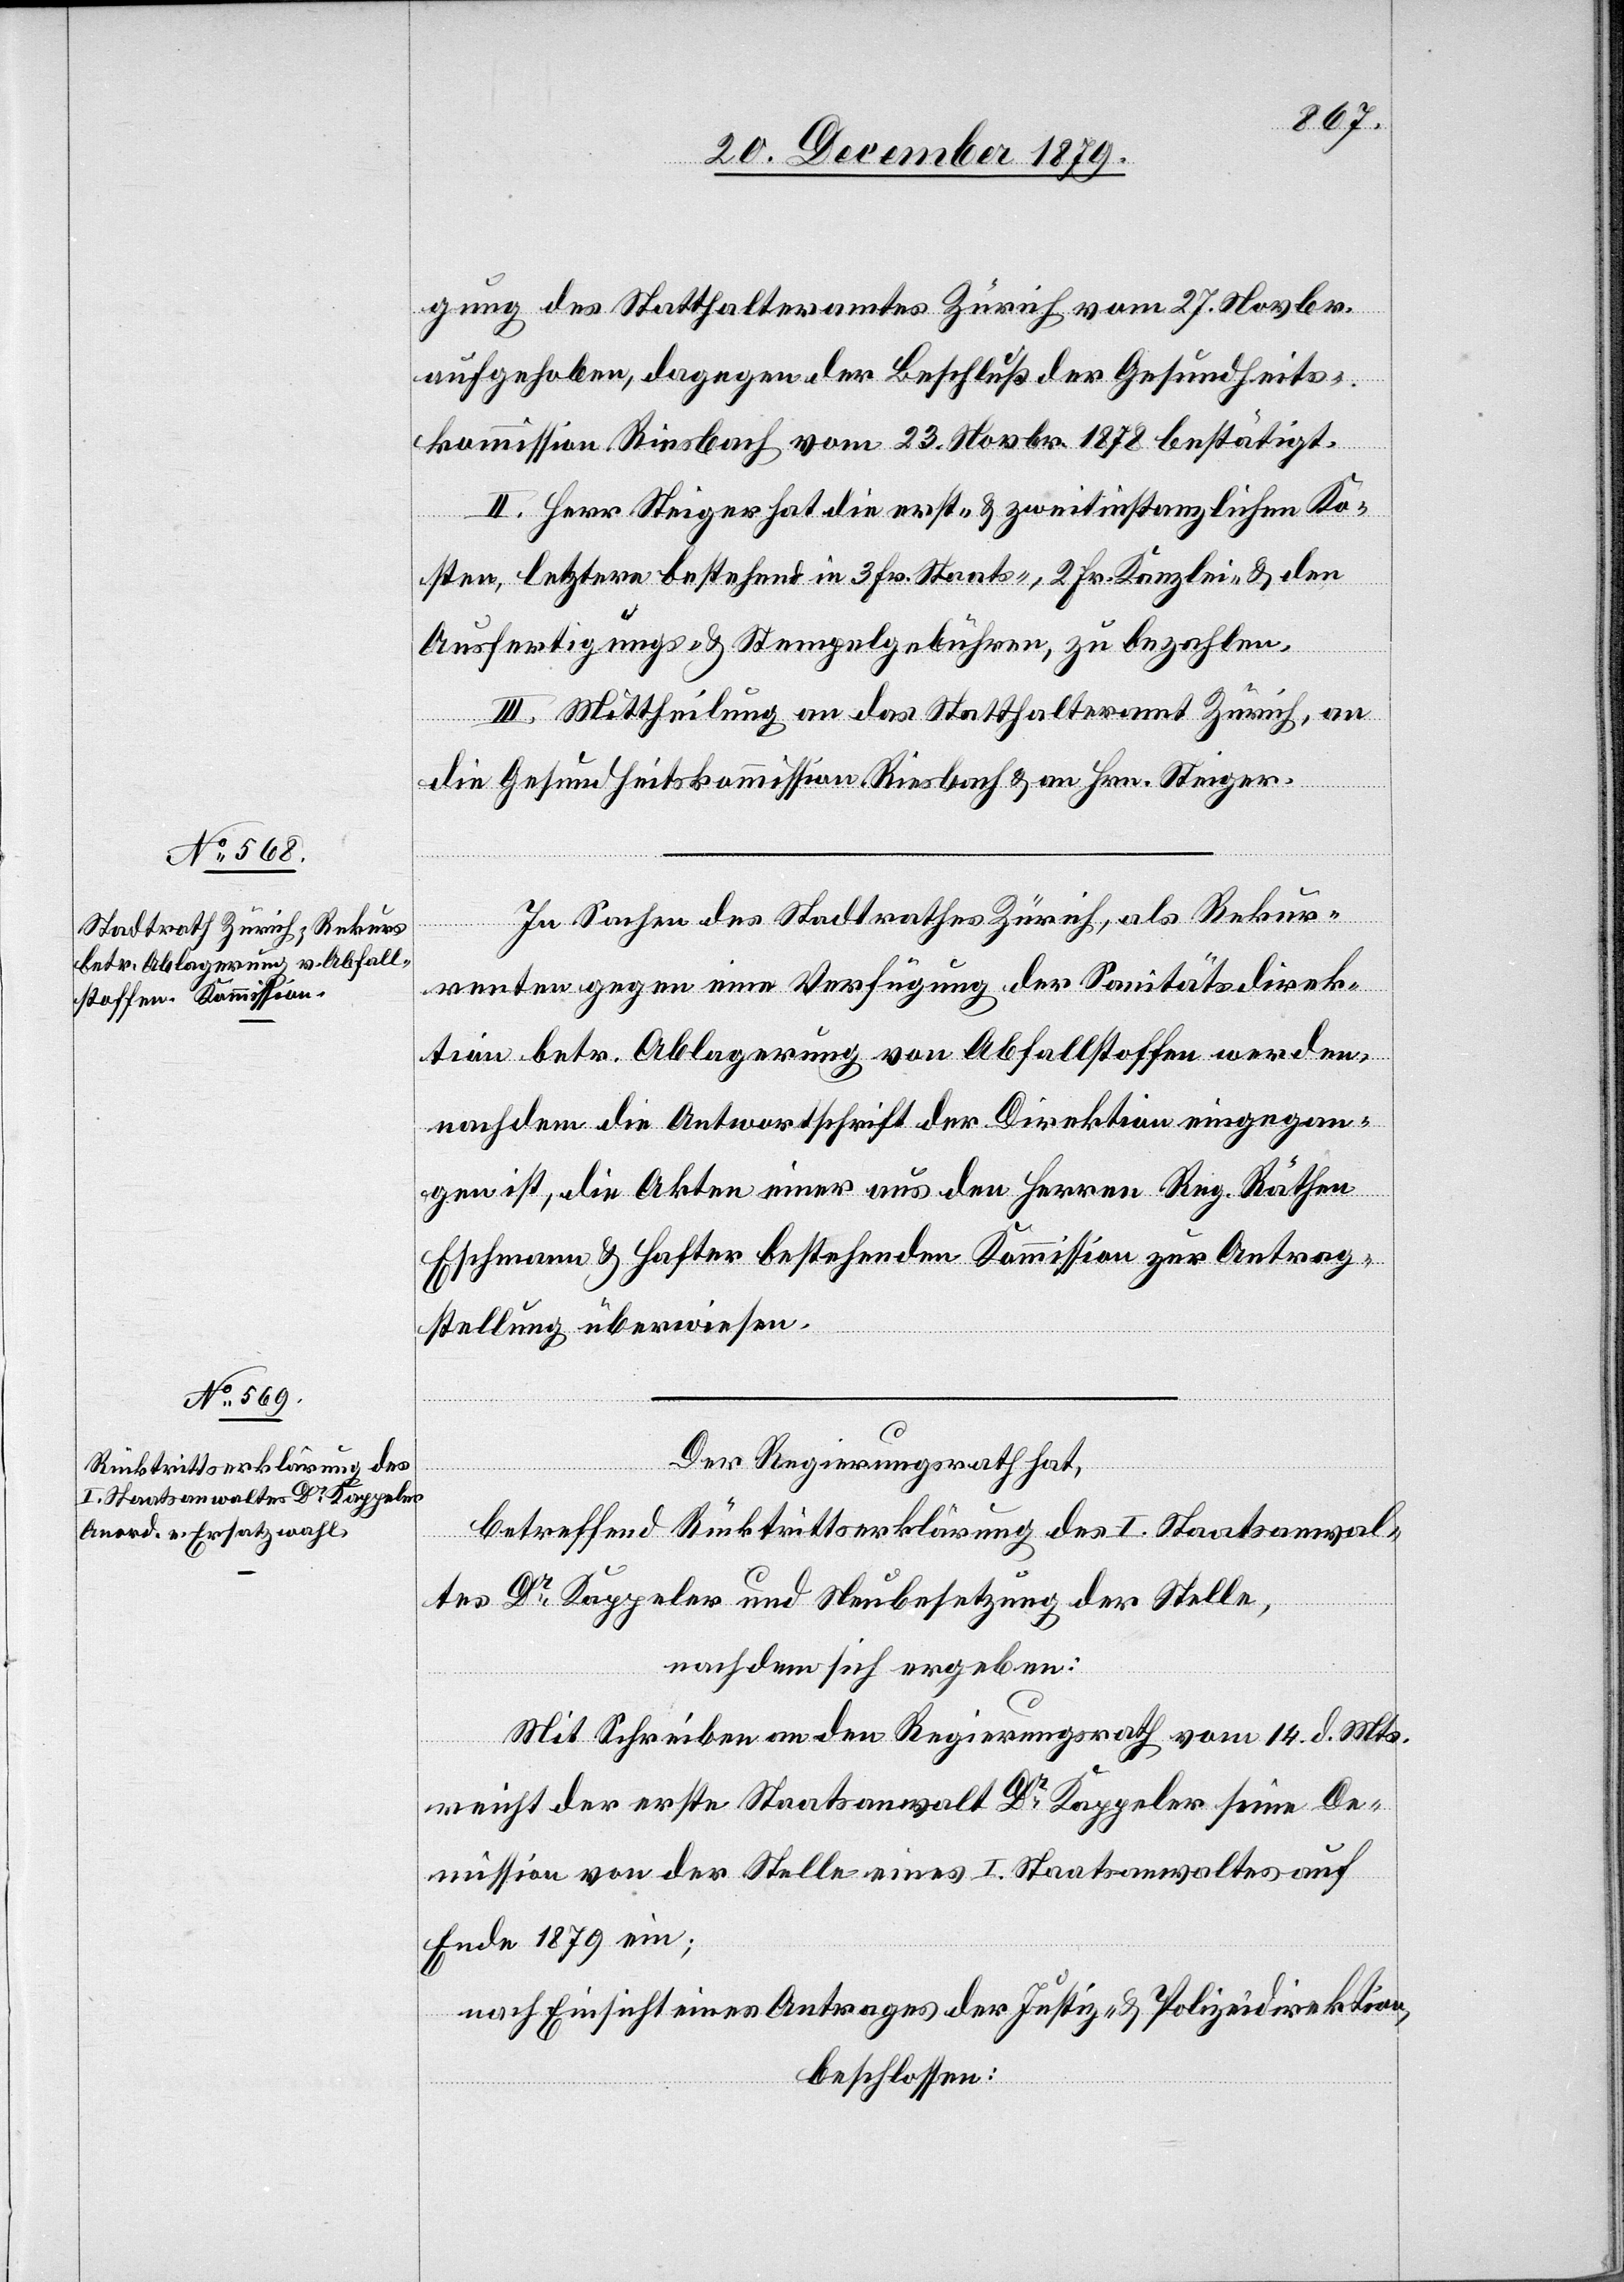
gung des Statthalteramtes Zürich vom 27. Novbr.
aufgehoben, dagegen der Beschluß der Gesundheits¬
kommission Riesbach vom 23. Novbr. 1878 bestätigt.
II. Herr Steiger hat die erst- & zweitinstanzlichen Ko¬
sten, letztere bestehend in 3 Fr. Staats-, 2 Fr. Kanzlei- & den
Ausfertigungs- & Stempelgebühren, zu bezahlen.
III. Mittheilung an das Statthalteramt Zürich, an
die Gesundheitskommission Riesbach & an Hrn. Steiger.
In Sachen des Stadtrathes Zürich, als Rekur¬
renten gegen eine Verfügung der Sanitätsdirek¬
tion betr. Ablagerung von Abfallstoffen werden,
nachdem die Antwortschrift der Direktion eingegan¬
gen ist, die Akten einer aus den Herren Reg. Räthen
Eschmann & Hafter bestehenden Kommission zur Antrag¬
stellung überwiesen.
Der Regierungsrath hat,
betreffend Rücktrittserklärung des I. Staatsanwal¬
tes Dr Kappeler und Neubesetzung der Stelle,
nachdem sich ergeben:
Mit Schreiben an den Regierungsrath vom 14. d. Mts.
reicht der erste Staatsanwalt Dr Kappeler seine De¬
mission von der Stelle eines I. Staatsanwaltes auf
Ende 1879 ein;
nach Einsicht eines Antrages der Justiz- & Polizeidirektion,
beschlossen: